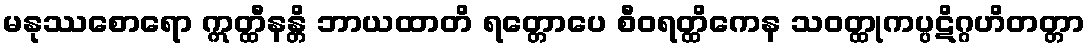
မနုဿစောရော ဣတ္ထီနန္တိ ဘာယထာတိ ရတ္တောပေ စီဝရတ္ထိကေန သဝတ္ထုကပ္ပဋိဂ္ဂဟိတတ္တာ